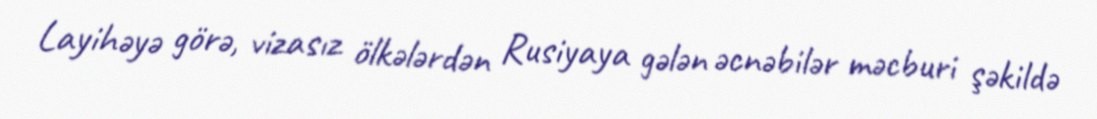
Layihəyə görə, vizasız ölkələrdən Rusiyaya gələn əcnəbilər məcburi şəkildə